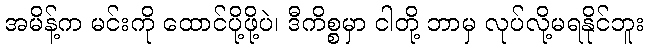
အမိန့်က မင်းကို ထောင်ပို့ဖို့ပဲ၊ ဒီကိစ္စမှာ ငါတို့ ဘာမှ လုပ်လို့မရနိုင်ဘူး